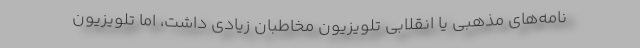
نامه‌های مذهبی یا انقلابی تلویزیون مخاطبان زیادی داشت، اما تلویزیون